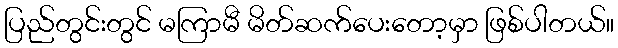
ပြည်တွင်းတွင် မကြာမီ မိတ်ဆက်ပေးတော့မှာ ဖြစ်ပါတယ်။